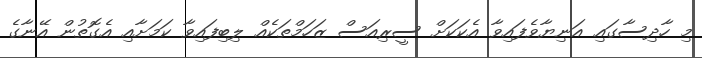
މި ހާދިސާގައި އަނިޔާވެފައިވާ އެކަކަށް ސީރިއަސް ޒަހަމްތަކެއް ލިބިފައިވާ ކަމަށާއި އެގޮތުން އޭނާގެ